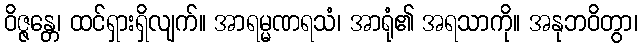
ဝိဇ္ဇန္တေ၊ ထင်ရှားရှိလျက်။ အာရမ္မဏရသံ၊ အာရုံ၏ အရသာကို။ အနုဘဝိတွာ၊